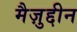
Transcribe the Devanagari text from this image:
मैज़ुद्दीन